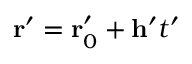
\mathbf { r } ^ { \prime } = \mathbf { r } _ { 0 } ^ { \prime } + \mathbf { h } ^ { \prime } t ^ { \prime }